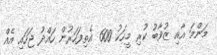
މަންމަ އާއި ޒުވާބު ކުރި މީހަކު 600 އެތިފަހަރުން ހައްދު ޖަހައި އެއް